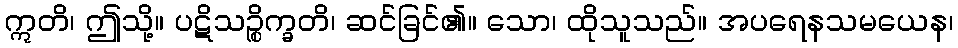
ဣတိ၊ ဤသို့။ ပဋိသဉ္စိက္ခတိ၊ ဆင်ခြင်၏။ သော၊ ထိုသူသည်။ အပရေနသမယေန၊